Scientific memoirs by medical officers of the Army of India - Part VI,
Year: 1891
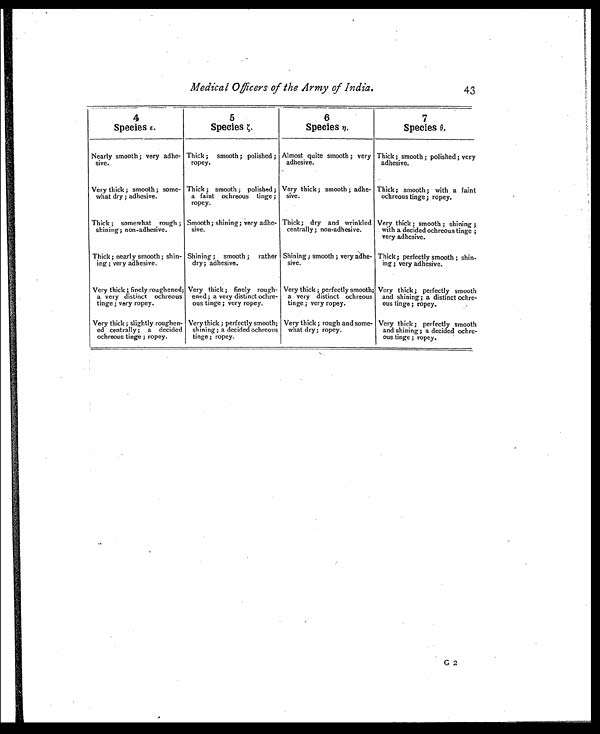
Medical Officers of the Army of India.
43
4 Species ε.
5 Species ζ .
6
Species η.
7
Species θ.
Nearly smooth ; very adhe-
sive.
Thick ; smooth ; polished ;
ropey.
Almost quite smooth ; very
adhesive.
Thick ; smooth ; polished ; very
adhesive.
Very thick ; smooth ; some-
what dry ; adhesive.
Thick ; smooth ;polished ;
a faint ochreous tinge ;
ropey.
Very thick ; smooth ; adhe-
sive.
Thick; smooth ; with a faint
ochreous tinge ; ropey.
Thick ; somewhat rough ;
shining; non-adhesive.
Smooth ; shining; very adhe-
sive.
Thick ; dry and wrinkled
centrally ; non-adhesive.
Very thick ; smooth ; shining ;
with a decided ochreous tinge ;
very adhesive.
Thick ; nearly smooth ; shin-
ing ; very adhesive.
Shining ; smooth ; rather
dry; adhesive.
Shining ; smooth ; very adhe-
sive.
Thick ; perfectly smooth ; shin-
ing ; very adhesive.
Very thick ; finely roughened;
a very distinct ochreous
tinge ; very ropey.
Very thick; finely rough-
ened; a very distinct ochre-
ous tinge ; very ropey.
Very thick ; perfectly smooth;
a very distinct ochreous
tinge ; very ropey.
Very thick; perfectly smooth
and shining; a distinct ochre-
ous tinge ; ropey.
Very thick ; slightly roughen-
ed centrally; a decided
ochreous tinge ; ropey.
Very thick ; perfectly smooth;
shining ; a decided ochreous
tinge ; ropey.
Very thick ; rough and some-
what dry; ropey.
Very thick ; perfectly smooth
and shining; a decided ochre-
ous tinge ; ropey.
G2